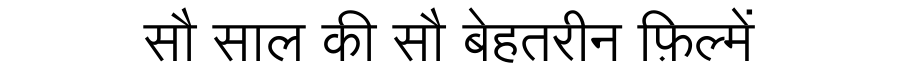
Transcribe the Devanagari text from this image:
सौ साल की सौ बेहतरीन फ़िल्में